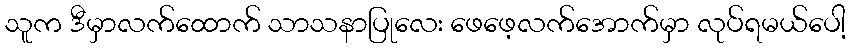
သူက ဒီမှာလက်ထောက် သာသနာပြုလေး ဖေဖေ့လက်အောက်မှာ လုပ်ရမယ်ပေါ့